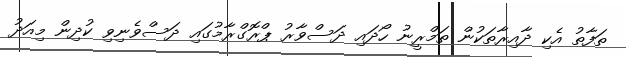
ތަފާތު އެކި ދާއިރާތަކުން ތަމްރީނު ހޯދައި ދަސްވާރު ޕްރޮގްރާމުގައި ދަސްވެނިވި ކުދިން މިއަދު